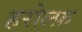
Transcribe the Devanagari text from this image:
हरोल्फ़